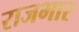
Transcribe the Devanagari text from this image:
राजभार